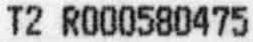
T2 R000580475